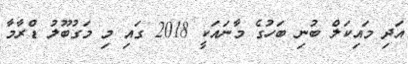
އަދި މައިކަލް ބުނި ބަހުގެ މާނައަކީ 2018 ގައި މި މަގުބޫލު ޑްރާމާ